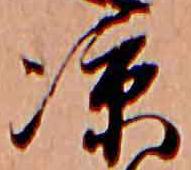
涼